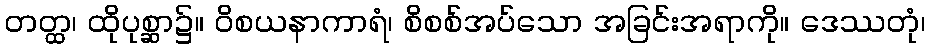
တတ္ထ၊ ထိုပုစ္ဆာ၌။ ဝိစယနာကာရံ၊ စိစစ်အပ်သော အခြင်းအရာကို။ ဒေဿတုံ၊